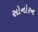
સોનોરન